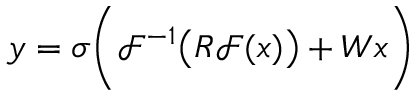
y = \sigma \bigg ( \mathcal { F } ^ { - 1 } \big ( R \mathcal { F } ( x ) \big ) + W x \bigg )